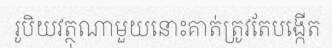
រូបិយវត្ថុណាមួយនោះគាត់ត្រូវតែបង្កើត